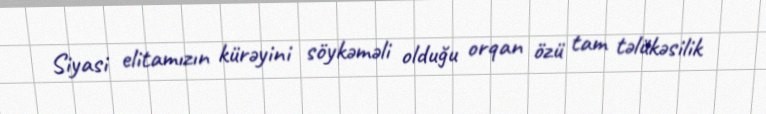
Siyasi elitamızın kürəyini söykəməli olduğu orqan özü tam təlükəsilik